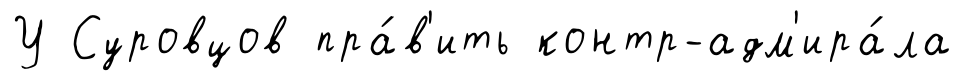
У Суровцов пра́в'ить контр-адм'ира́ла